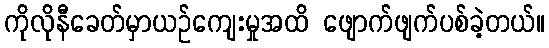
ကိုလိုနီခေတ်မှာယဉ်ကျေးမှုအထိ ဖျောက်ဖျက်ပစ်ခဲ့တယ်။